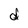
Character: d